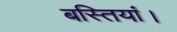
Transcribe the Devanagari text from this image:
बस्तियां।